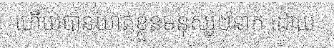
ហើយបានឃាត់ខ្លួនមនុស្ស២នាក់ ដោយ